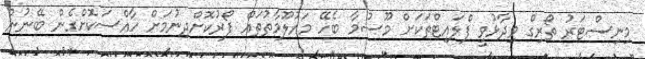
މިނިސްޓަރު ތޯރިގް ވިދާޅުވީ ފްލައިޓްތަކަށް މޫސުމާ ބެހޭ މައުލޫމާތުތައް ފޯރުކޮށްދިނުމަށް ހާއްސަކޮށްގެން ބޭނުން